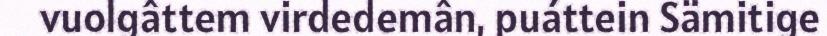
vuolgâttem virdedemân, puáttein Sämitige